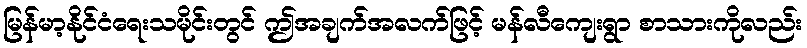
မြန်မာ့နိုင်ငံရေးသမိုင်းတွင် ဤအချက်အလက်ဖြင့် မန်လီကျေးရွာ စာသားကိုလည်း